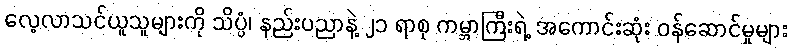
လေ့လာသင်ယူသူများကို သိပ္ပံ၊ နည်းပညာနဲ့ ၂၁ ရာစု ကမ္ဘာကြီးရဲ့ အကောင်းဆုံး ဝန်ဆောင်မှုများ